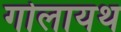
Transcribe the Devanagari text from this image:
गोलायथ